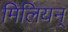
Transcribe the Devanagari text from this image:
मिलियन्